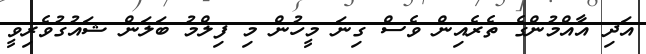
އަދި އާއްމުންގެ ތެރެއިން ވެސް ގިނަ މީހުން މި ފިލްމު ބަލަން ޝައުގުވެރިވީ